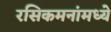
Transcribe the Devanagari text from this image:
रसिकमनांमध्ये